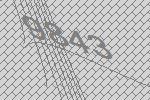
9843